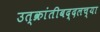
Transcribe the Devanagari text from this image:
उत्क्रांतीबद्दलच्या